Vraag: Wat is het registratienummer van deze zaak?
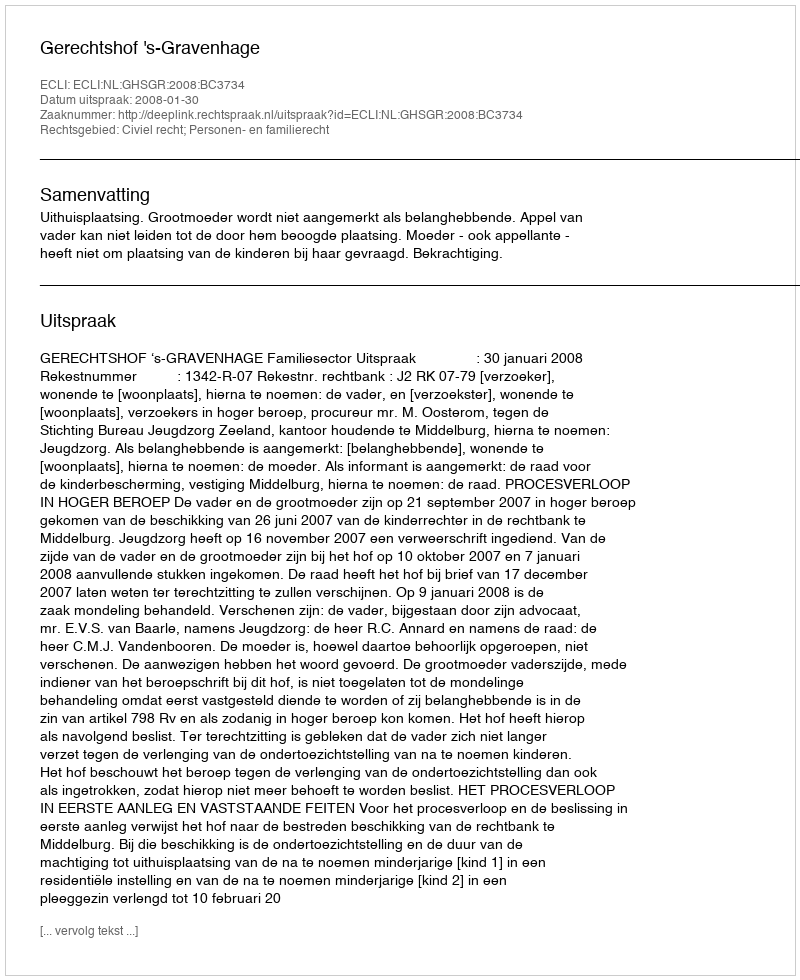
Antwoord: http://deeplink.rechtspraak.nl/uitspraak?id=ECLI:NL:GHSGR:2008:BC3734